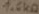
Text: 1.6KΩ